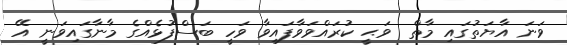
ވަނަ އާޔަތުގައި މާތް  ވަޙީ ކުރައްވަވާފައިވާ ވަހީ ބަސްފުޅެއްގެ މާނާގައިވަނީ އޭ